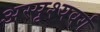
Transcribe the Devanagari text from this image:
अस्पृश्यवर्ग